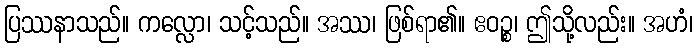
ပြဿနာသည်။ ကလ္လော၊ သင့်သည်။ အဿ၊ ဖြစ်ရာ၏။ ဧဝဉ္စ၊ ဤသို့လည်း။ အဟံ၊